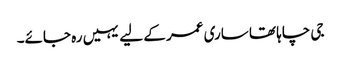
جی چاہا تھا ساری عمر کے لیے یہیں رہ جائے۔